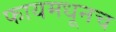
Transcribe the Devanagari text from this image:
फायमधूनच